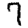
Digit: 7